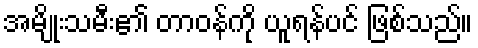
အမျိုးသမီး၏ တာဝန်ကို ယူရန်ပင် ဖြစ်သည်။